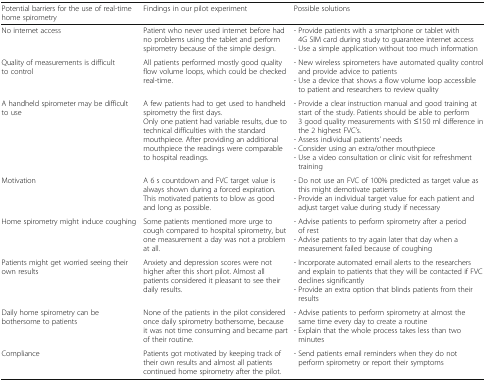
<table><thead><tr><td><b>Potential barriers for the use of real-time home spirometry</b></td><td><b>Findings in our pilot experiment</b></td><td><b>Possible solutions</b></td></tr></thead><tbody><tr><td>No internet access</td><td>Patient who never used internet before had no problems using the tablet and perform spirometry because of the simple design.</td><td>- Provide patients with a smartphone or tablet with 4G SIM card during study to guarantee internet access- Use a simple application without too much information</td></tr><tr><td>Quality of measurements is difficult to control</td><td>All patients performed mostly good quality flow volume loops, which could be checked real-time.</td><td>- New wireless spirometers have automated quality control and provide advice to patients- Use a device that shows a flow volume loop accessible to patient and researchers to review quality</td></tr><tr><td>A handheld spirometer may be difficult to use</td><td>A few patients had to get used to handheld spirometry the first days.Only one patient had variable results, due to technical difficulties with the standard mouthpiece. After providing an additional mouthpiece the readings were comparable to hospital readings.</td><td>- Provide a clear instruction manual and good training at start of the study. Patients should be able to perform 3 good quality measurements with ≤150 ml difference in the 2 highest FVC’s.- Assess individual patients’ needs- Consider using an extra/other mouthpiece- Use a video consultation or clinic visit for refreshment training</td></tr><tr><td>Motivation</td><td>A 6 s countdown and FVC target value is always shown during a forced expiration. This motivated patients to blow as good and long as possible.</td><td>- Do not use an FVC of 100% predicted as target value as this might demotivate patients- Provide an individual target value for each patient and adjust target value during study if necessary</td></tr><tr><td>Home spirometry might induce coughing</td><td>Some patients mentioned more urge to cough compared to hospital spirometry, but one measurement a day was not a problem at all.</td><td>- Advise patients to perform spirometry after a period of rest- Advise patients to try again later that day when a measurement failed because of coughing</td></tr><tr><td>Patients might get worried seeing their own results</td><td>Anxiety and depression scores were not higher after this short pilot. Almost all patients considered it pleasant to see their daily results.</td><td>- Incorporate automated email alerts to the researchers and explain to patients that they will be contacted if FVC declines significantly- Provide an extra option that blinds patients from their results</td></tr><tr><td>Daily home spirometry can be bothersome to patients</td><td>None of the patients in the pilot considered once daily spirometry bothersome, because it was not time consuming and became part of their routine.</td><td>- Advise patients to perform spirometry at almost the same time every day to create a routine- Explain that the whole process takes less than two minutes</td></tr><tr><td>Compliance</td><td>Patients got motivated by keeping track of their own results and almost all patients continued home spirometry after the pilot.</td><td>- Send patients email reminders when they do not perform spirometry or report their symptoms</td></tr></tbody></table>